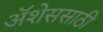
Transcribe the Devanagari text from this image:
ॲशेससाठी